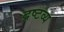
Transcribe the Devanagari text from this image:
द्रष्‍टव्‍य